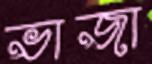
ভাজা